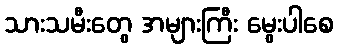
သားသမီးတွေ အများကြီး မွေးပါစေ